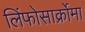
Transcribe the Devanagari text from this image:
लिंफोसार्क्रोमा